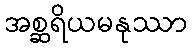
အစ္ဆရိယမနုဿာ